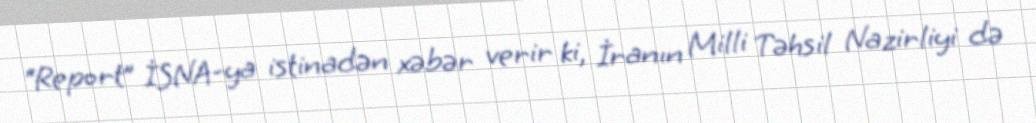
“Report” İSNA-ya istinadən xəbər verir ki, İranın Milli Təhsil Nazirliyi də